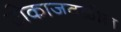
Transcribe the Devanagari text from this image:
टोकाजवळील